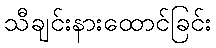
သီချင်းနားထောင်ခြင်း